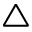
\bigtriangleup